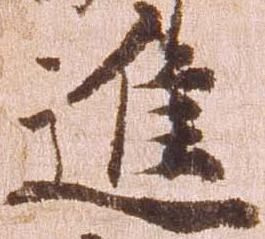
進